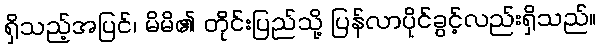
ရှိသည့်အပြင်၊ မိမိ၏ တိုင်းပြည်သို့ ပြန်လာပိုင်ခွင့်လည်းရှိသည်။